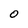
Character: 0